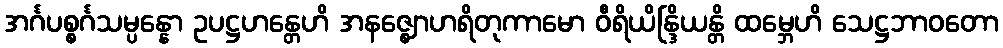
အင်္ဂပစ္စင်္ဂသမ္ပန္နော ဥပဋ္ဌဟန္တေဟိ အနဇ္ဈောဟရိတုကာမော ဝီရိယိန္ဒြိယန္တိ ထမ္ဘေဟိ သေဋ္ဌဘာဝတော